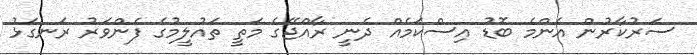
ސަރުކާރުން އެންމެ ބޮޑު އިސްކަމެއް ދެނީ ރާއްޖޭގެ މަތީ ތައުލީމުގެ ފެންވަރު ރަނގަޅު